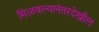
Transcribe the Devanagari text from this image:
मिळवल्यानंतरदेखील